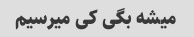
میشه بگی کی میرسیم